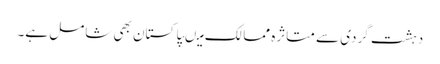
دہشت گردی سے متاثرہ ممالک میںپاکستان بھی شامل ہے۔